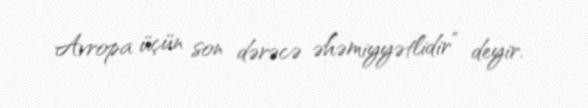
Avropa üçün son dərəcə əhəmiyyətlidir” deyir.